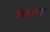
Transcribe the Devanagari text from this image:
गिनतारारे